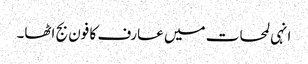
انہی لمحات میں عارف کا فون بج اٹھا۔